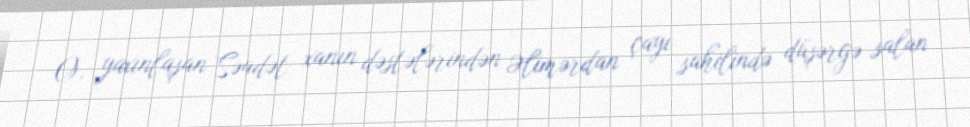
O, yaxınlaşan Səadət xanın dəstələrindən Əlimərdan çayı sahilində düşərgə salan